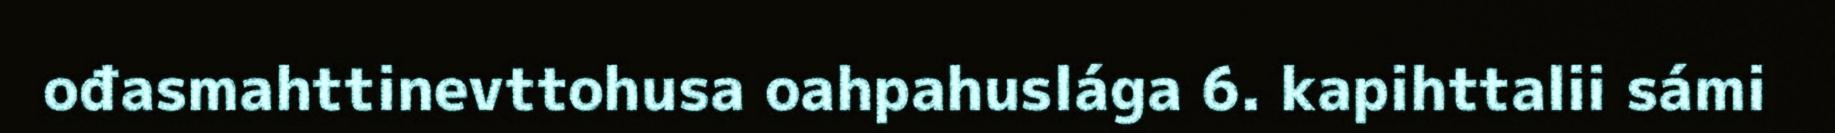
ođasmahttinevttohusa oahpahuslága 6. kapihttalii sámi